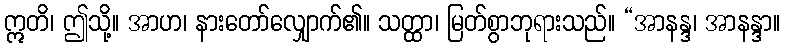
ဣတိ၊ ဤသို့။ အာဟ၊ နားတော်လျှောက်၏။ သတ္ထာ၊ မြတ်စွာဘုရားသည်။ “အာနန္ဒ၊ အာနန္ဒာ။